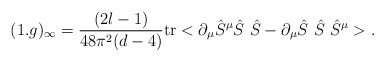
\begin{align*}(1.g)_\infty = \frac{(2l-1)}{48\pi^2(d-4)}\mbox{tr} <\partial_\mu \hat S^\mu \hat S\ \hat S -\partial_\mu \hat S\ \hat S\ \hat S^\mu>.\end{align*}